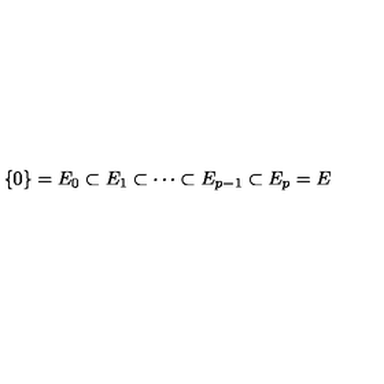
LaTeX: \{ 0 \} = E _ { 0 } \subset E _ { 1 } \subset \cdots \subset E _ { p - 1 } \subset E _ { p } = E